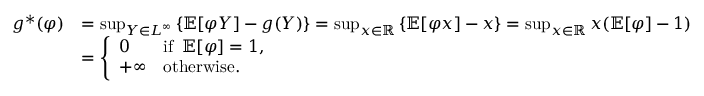
\begin{array} { r l } { g ^ { * } ( \varphi ) } & { = \operatorname* { s u p } _ { Y \in L ^ { \infty } } \ensuremath { \left\{ \operatorname { \mathbb { E } } [ \varphi Y ] - g ( Y ) \right\} } = \operatorname* { s u p } _ { x \in \mathbb { R } } \ensuremath { \left\{ \operatorname { \mathbb { E } } [ \varphi x ] - x \right\} } = \operatorname* { s u p } _ { x \in \mathbb { R } } x ( \operatorname { \mathbb { E } } [ \varphi ] - 1 ) } \\ & { = \left\{ \begin{array} { l l } { 0 } & { \mathrm { i f ~ } \operatorname { \mathbb { E } } [ \varphi ] = 1 , } \\ { + \infty } & { \mathrm { o t h e r w i s e } . } \end{array} \right. } \end{array}